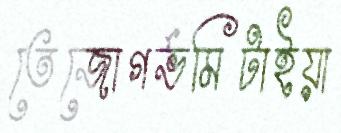
তেজোগর্ভমিটাইয়া